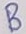
Text: B